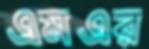
এমএর